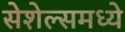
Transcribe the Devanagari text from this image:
सेशेल्समध्ये